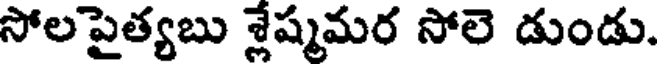
సోలపైత్యబు శ్లేష్మమర సోలె డుండు.